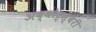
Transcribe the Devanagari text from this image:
अब्बोट्स्बरी